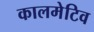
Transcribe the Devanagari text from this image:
कालमेटिव